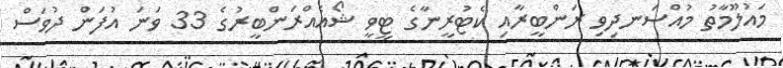
މައުލޫމާތު މުއްސަނދިވި ރަންބީރާއި ކެޓުރީނާގެ ޓީވީ ޝޯއެއްރަންބީރުގެ 33 ވަނަ އުފަން ދުވަސް